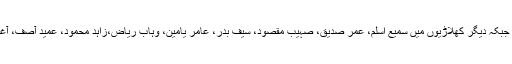
ناردرن ٹیم کی قیادت شان مسعود نے کی جبکہ دیگر کھلاڑیوں میں سمیع اسلم، عمر صدیق، صہیب مقصود، سیف بدر، عامر یامین، وہاب ریاض،زاہد محمود، عمید آصف، آغا سلمان اور محمد عرفان سینئر شامل ہیں۔